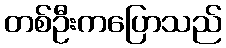
တစ်ဦးကပြောသည်